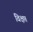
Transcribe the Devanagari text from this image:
विक्षप्त